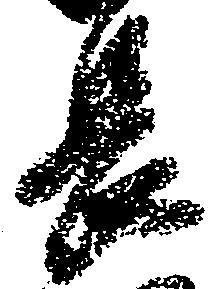
長